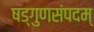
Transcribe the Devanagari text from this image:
षड्गुणसंपदम्‌